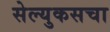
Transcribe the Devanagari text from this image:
सेल्युकसचा